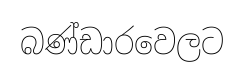
බණ්ඩාරවෙලට